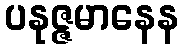
ပနုဇ္ဇမာနေန